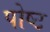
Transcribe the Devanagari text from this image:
पोष्ट